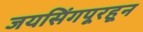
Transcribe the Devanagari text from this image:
जयसिंगपूरहून